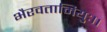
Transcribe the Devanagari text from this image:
भैरवतामियुः।।